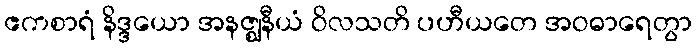
ဧကစာရံ နိဒ္ဒယော အနဇ္ဈနီယံ ဝိလသတိ ပဟီယတေ အဝဓာရေတွာ